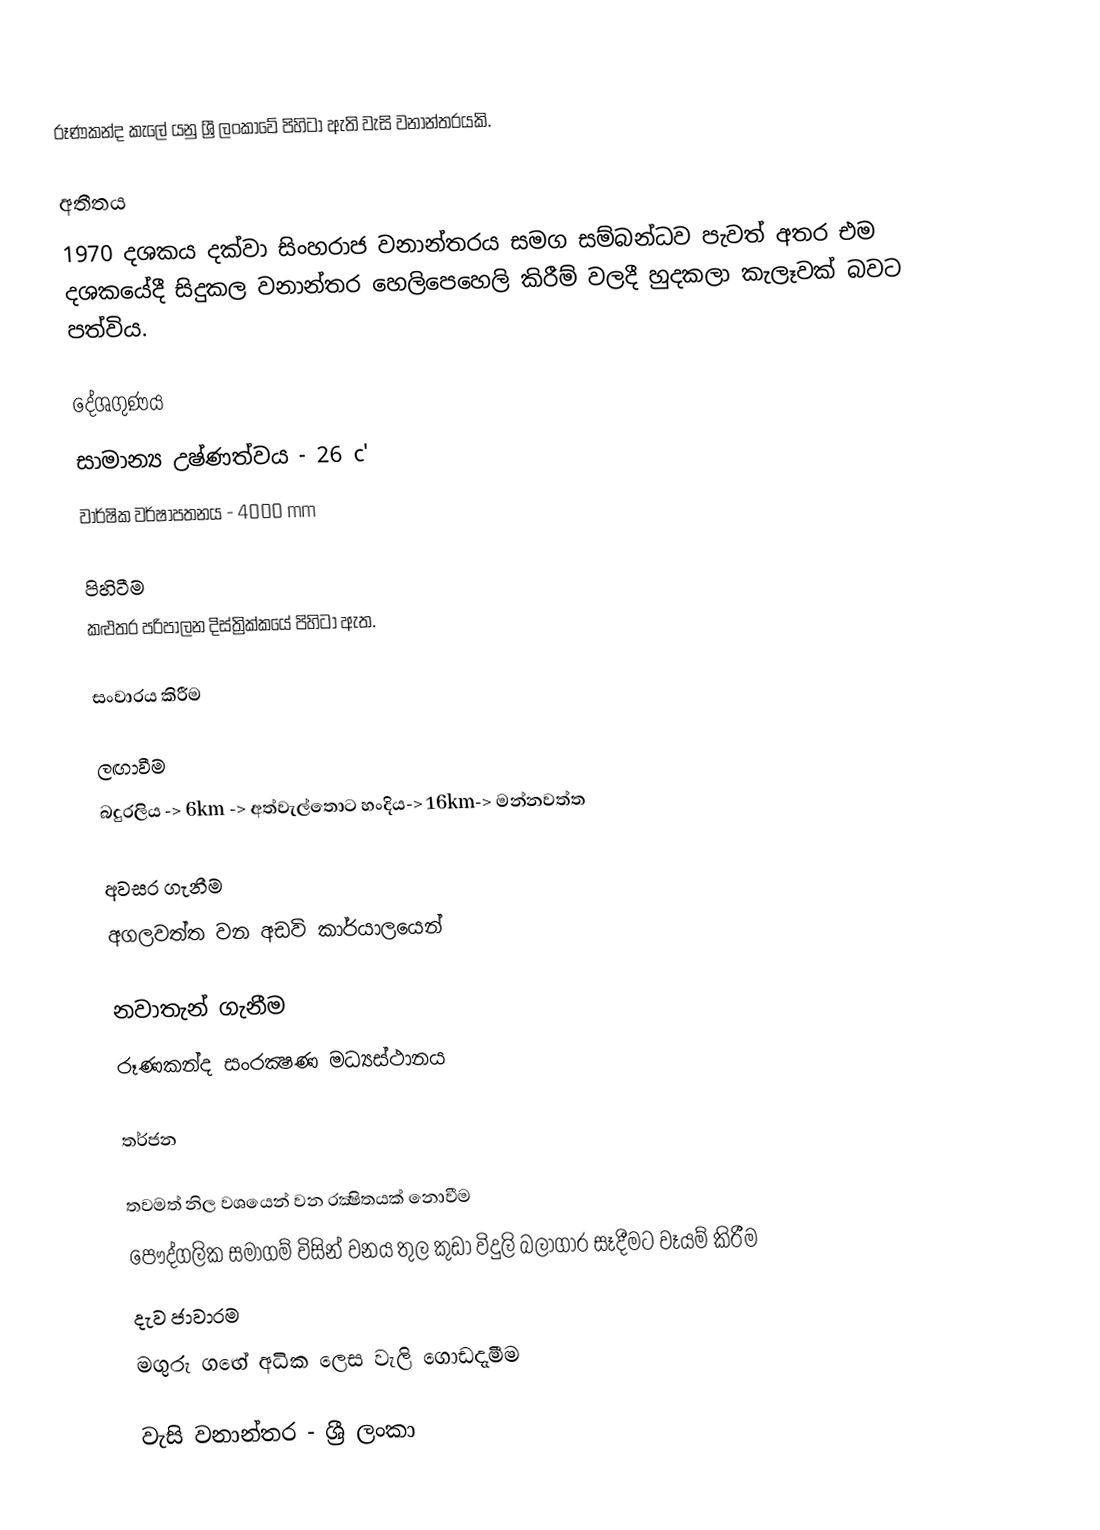
රූණකන්ද කැලේ යනු ශ්‍රී ලංකාවේ පිහිටා ඇති වැසි වනාන්තරයකි.

අතීතය
1970 දශකය දක්වා සිංහරාජ වනාන්තරය සමග සම්බන්ධව පැවත් අතර එම දශකයේදී සිදුකල වනාන්තර හෙලිපෙහෙලි කිරීම් වලදී හුදකලා කැලෑවක් බවට පත්විය.

දේශගුණය
 සාමාන්‍ය උෂ්ණත්වය - 26 c'
 වාර්ෂික වර්ෂාපතනය - 4000 mm

පිහිටීම
කළුතර පරිපාලන දිස්ත්‍රික්කයේ පිහිටා ඇත.

සංවාරය කිරීම

ලඟාවීම
බදුරලිය -> 6km -> අත්වැල්තොට හංදිය-> 16km-> මන්නවත්ත

අවසර ගැනීම
අගලවත්ත වන අඩවි කාර්යාලයෙන්

නවාතැන් ගැනීම
රූණකන්ද සංරක්‍ෂණ මධ්‍යස්ථානය

තර්ජන

 තවමත් නිල වශයෙන් වන රක්‍ෂිතයක් නොවීම
 පෞද්ගලික සමාගම් විසින් වනය තුල කුඩා විදුලි බලාගාර සෑදීමට වෑයම් කිරීම
 දැව ජාවාරම
 මගුරු ගඟේ අධික ලෙස වැලි ගොඩදැමීම

වැසි වනාන්තර - ශ්‍රී ලංකා